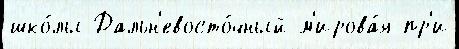
шко́лы Дальн'евосто́чный м'ирова́я пр'и